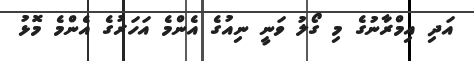
އަދި އިމްރާނުގެ މި ގޯލު ވަނީ ނިއުގެ އެންމެ އަހަރުގެ އެންމެ މޮޅު